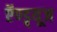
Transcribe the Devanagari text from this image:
ऍण्ड्र्यूज